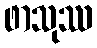
ဖာသုဿ